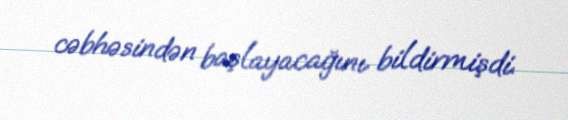
cəbhəsindən başlayacağını bildirmişdi.